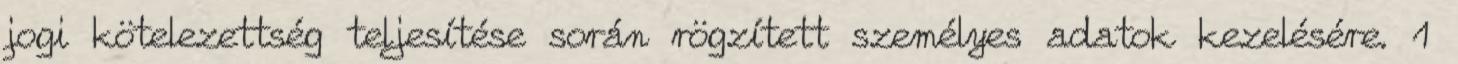
jogi kötelezettség teljesítése során rögzített személyes adatok kezelésére. 1